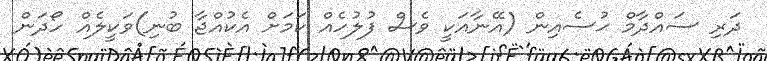
ދަރި ސައްދާމް ޙުސެއިން (އޭނާއަކީ ވެސް ފުލުހެއް ކަމަށް އެކުއްޖާ ބުނި)ވަކީލެއް ހޯދަން